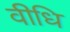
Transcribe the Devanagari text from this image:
वीधि